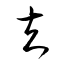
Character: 去